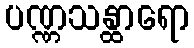
ပဏ္ဏသန္ထာရော